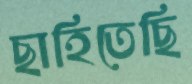
ছাহিতেছি